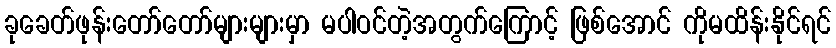
ခုခေတ်ဖုန်းတော်တော်များများမှာ မပါဝင်တဲ့အတွက်ကြောင့် ဖြစ်အောင် ကိုမထိန်းနိုင်ရင်